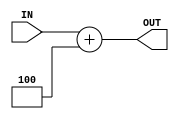
/*******************************/
/*  RV32IM Pipeline - Group 1  */
/*  Plus 4 Adder               */
/*******************************/

`timescale 1ns/100ps

module plus_4_adder (IN, OUT);

    input [31:0] IN;
    output [31:0] OUT;

    assign #2 OUT = IN + 4;

endmodule